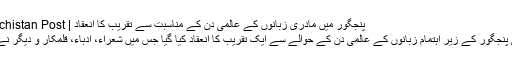
پنجگور میں مادری زبانوں کے عالمی دن کے مناسبت سے تقریب کا انعقاد | The Balochistan Post
نیشنل اکیڈمی پنجگور کے زیر اہتمام زبانوں کے عالمی دن کے حوالے سے ایک تقریب کا انعقاد کیا گیا جس میں شعراء، ادباء، قلمکار و دیگر نے شرکت کی۔